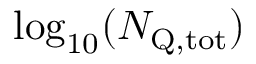
\log _ { 1 0 } ( \ensuremath { N _ { \mathrm { Q , t o t } } } )